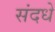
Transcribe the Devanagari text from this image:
संदधे